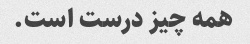
همه چیز درست است.